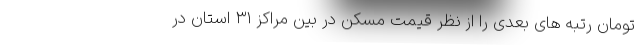
تومان رتبه های بعدی را از نظر قیمت مسکن در بین مراکز ۳۱ استان در